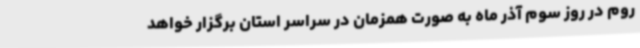
روم در روز سوم آذر ماه به صورت همزمان در سراسر استان برگزار خواهد